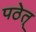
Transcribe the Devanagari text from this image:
पठेत्‌